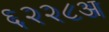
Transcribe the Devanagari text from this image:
६२२८अ